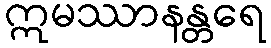
ဣမဿာနန္တရေ